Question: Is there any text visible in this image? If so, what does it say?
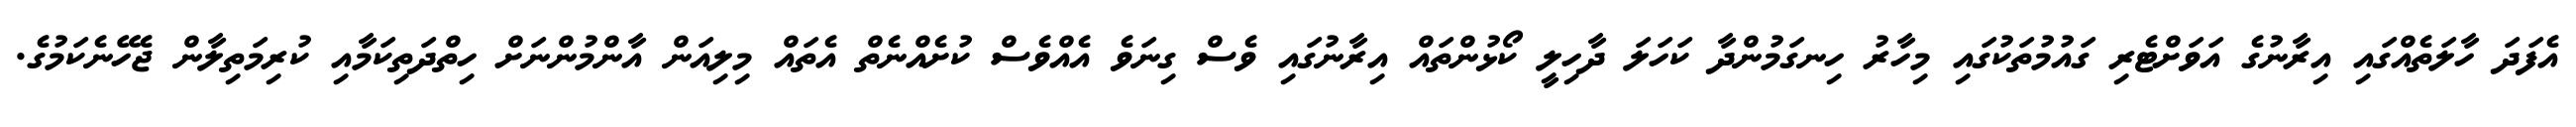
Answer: އެފަދަ ހާލަތެއްގައި އިރާނުގެ އަވަށްޓެރި ގައުމުތަކުގައި މިހާރު ހިނގަމުންދާ ކަހަލަ ދާހިލީ ކޯޅުންތައް އިރާނުގައި ވެސް ގިނަވެ އެއްވެސް ކުށެއްނެތް އެތައް މިލިއަން އާންމުންނަށް ހިތްދަތިކަމާއި ކުރިމަތިލާން ޖެހޭނެކަމުގެ.